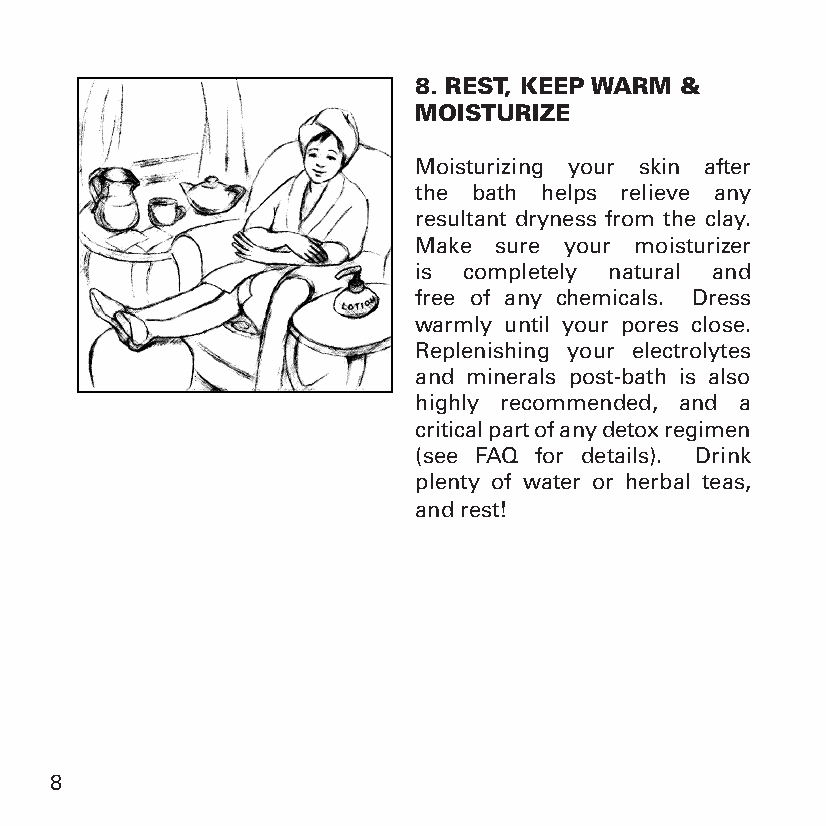
8. REST, KEEP WARM &
 MOISTURIZE
 Moisturizing your skin after
 the bath helps relieve any
 resultant dryness from the clay.
 Make  sure your moisturizer
 is  completely natural and
 free of any chemicals. Dress
 warmly until your pores close.
 Replenishing your electrolytes
 and minerals post-bath is also
 highly recommended, and a
 critical part of any detox regimen
 (see FAQ for details). Drink
 plenty of water or herbal teas,
 and rest!
 8